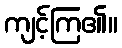
ကျင့်ကြ၏။